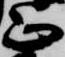
正